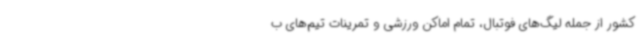
کشور از جمله لیگ‌های فوتبال، تمام اماکن ورزشی و تمرینات تیم‌های ب